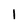
Character: 1